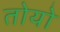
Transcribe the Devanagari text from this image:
तोयो